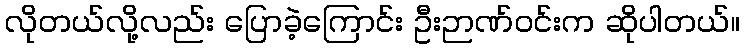
လိုတယ်လို့လည်း ပြောခဲ့ကြောင်း ဦးဉာဏ်ဝင်းက ဆိုပါတယ်။